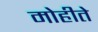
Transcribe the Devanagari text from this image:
मोहीते